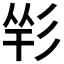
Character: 𢒑